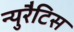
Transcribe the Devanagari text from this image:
न्युरैटिस